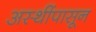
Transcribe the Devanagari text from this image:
अस्थींपासून